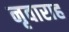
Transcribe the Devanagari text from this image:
नृवाराह